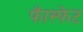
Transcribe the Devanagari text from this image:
फॅास्फेट